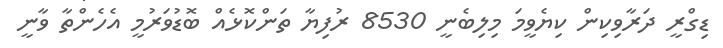
ޑިގްރީ ދަރާވިކިން ކިޔެވީމަ މިލިބެނީ 8530 ރުފިޔާ ތަންކޮޅެއް ބޮޑުވަރުމީ އެހެންތާ ވާނީ